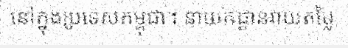
នៅក្នុងប្រទេសកម្ពុជា។ នាយកដ្ឋានវាយតម្លៃ